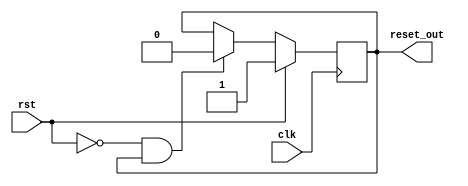
module MemoryBlocksSynchronousResetDetector (
    input wire clk,            // Main clock signal
    input wire rst,            // Synchronous reset signal
    output reg reset_out       // Reset output signal
);

// Synchronous reset detection logic
always @(posedge clk) begin
    if (rst) begin
        reset_out <= 1'b1;    // Assert reset output when reset signal is high
    end else if (!rst && reset_out) begin
        reset_out <= 1'b0;    // Deassert reset output on next clock edge if reset signal is low
    end
end

endmodule